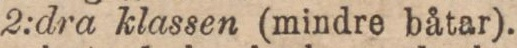
2:dra klassen (mindre båtar).